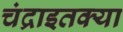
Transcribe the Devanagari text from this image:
चंद्राइतक्या